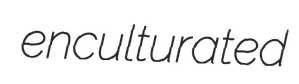
enculturated